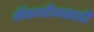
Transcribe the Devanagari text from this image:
मॅक्लरीनसाठी